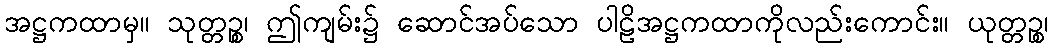
အဋ္ဌကထာမှ။ သုတ္တဉ္စ၊ ဤကျမ်း၌ ဆောင်အပ်သော ပါဠိအဋ္ဌကထာကိုလည်းကောင်း။ ယုတ္တဉ္စ၊